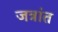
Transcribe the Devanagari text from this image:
जत्रांत